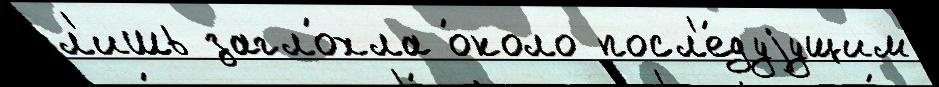
л'ишь загло́хла о́коло посл'е́дуjущим